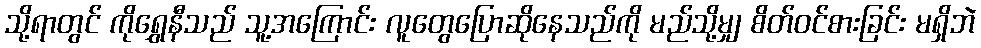
သို့ရာတွင် ကိုရွှေနီသည် သူ့အကြောင်း လူတွေပြောဆိုနေသည်ကို မည်သို့မျှ စိတ်ဝင်စားခြင်း မရှိဘဲ